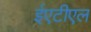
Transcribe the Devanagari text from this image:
ईएटीएल